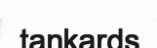
tankards